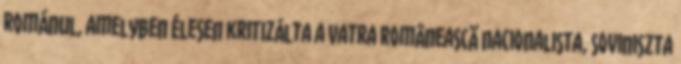
románul, amelyben élesen kritizálta a Vatra Românească nacionalista, soviniszta